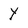
Character: Y